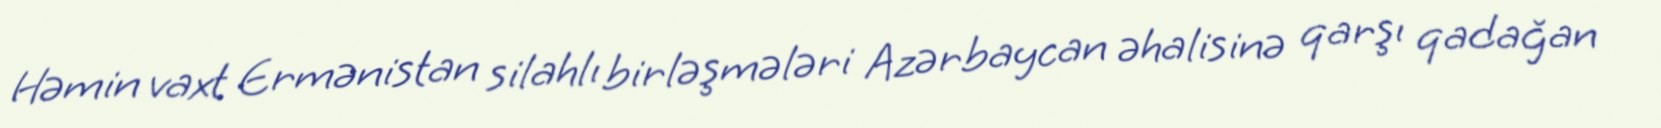
Həmin vaxt Ermənistan silahlı birləşmələri Azərbaycan əhalisinə qarşı qadağan